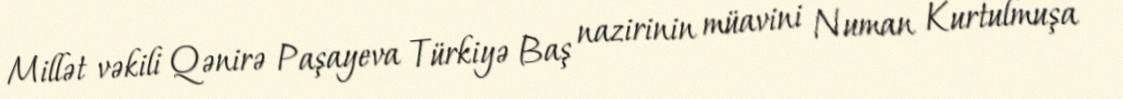
Millət vəkili Qənirə Paşayeva Türkiyə Baş nazirinin müavini Numan Kurtulmuşa